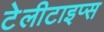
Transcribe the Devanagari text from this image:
टेलीटाइप्स